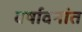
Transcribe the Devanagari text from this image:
वर्षावनांत